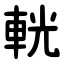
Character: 輄